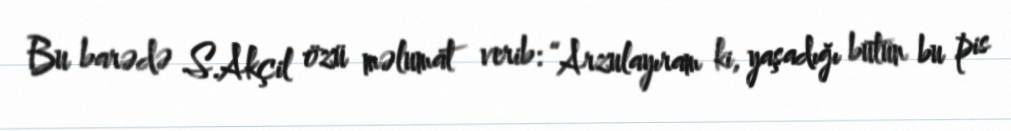
Bu barədə S.Akçil özü məlumat verib: “Arzulayıram ki, yaşadığı bütün bu pis